system: You are a helpful assistant.
user:
Analyze the provided spectrum to determine if it is a **White Dwarf (WD)**.

A White Dwarf spectrum is defined by its **extreme purity** (due to gravitational settling) and/or **extreme pressure broadening** (due to high surface gravity). You must check for one of the following mutually exclusive signatures:

- **Key Visual Indicators (Check for ONE of these types):**

    - **1. DA-Type Signature (Most Common):**
        - **(Primary Feature):** Extreme pressure broadening (Stark broadening) of the **Hydrogen (H) Balmer lines**.
        - **(Key Lines):** $H\beta$ (approx. $4861$ Å) and $H\gamma$ (approx. $4340$ Å). $H\alpha$ (approx. $6563$ Å) will also be present if the wavelength range covers it.
        - **(Line Profile):** This is the **defining feature**. The lines are **NOT** sharp. They appear as massive, **extremely broad and deep "troughs" or "dips"** in the spectrum, often hundreds of Ångströms wide. The continuum will appear to "scoop" down at these wavelengths.
        - **(Distinction):** Normal A-type or B-type stars have *narrow* and *sharp* Hydrogen lines. A DA White Dwarf's lines are unmistakably "smeared" or "blurry" from pressure.

    - **2. DB-Type Signature:**
        - **(Primary Feature):** Broad absorption lines from **Neutral Helium (He I)**. The spectrum must lack any visible Hydrogen lines.
        - **(Key Lines):** Look for broad absorption near $4471$ Å, $4921$ Å, and $5876$ Å.
        - **(Line Profile):** These lines are also significantly pressure-broadened, appearing much wider than they would in a normal B-type main-sequence star.

    - **3. DC-Type Signature:**
        - **(Primary Feature):** A **featureless continuous spectrum**.
        - **(Line Profile):** The spectrum is a smooth curve with **no significant absorption or emission lines**.
        - **(Key Confirmation):** The continuum is almost always **blue or white**, indicating a hot object. This signature implies the atmosphere is so pure (or so cool) that no spectral lines are visible in the optical range. Its WD identity is confirmed by its extremely low intrinsic brightness (high absolute magnitude).

    - **4. DZ-Type Signature (Metal-Polluted):**
        - **(Primary Feature):** **Isolated, narrow metal absorption lines** on an otherwise featureless (DC-like) continuum.
        - **(Key Lines):** The **Calcium (Ca II) H & K doublet** (approx. **$3934$ Å** and **$3968$ Å**) is the most common and defining feature.
        - **(Line Profile):** These lines are "out of place." They are *not* part of a "forest" of thousands of lines. This signature is evidence of recent *accretion* (pollution) from rocky debris.
        - **(Distinction):** Normal G/K/M stars have a *dense forest* of thousands of metal lines. A DZ has a *clean* continuum with *only a few* strong metal lines.

    - **5. DQ-Type Signature (Carbon-Polluted):**
        - **(Primary Feature):** Absorption bands from **Carbon (C₂ "Swan Bands" or atomic C I)**.
        - **(Key Lines - C₂):** Look for bandheads with a "saw-tooth" shape near $5635$ Å, **$5165$ Å** (strongest), and $4737$ Å.
        - **(Key Confirmation):** The underlying **continuum must be blue or white** (hot).
        - **(Distinction):** This is the critical difference from a **Carbon Star**, which has the *exact same* C₂ bands but on an extremely **red, cool** continuum.

- **(Overall Spectrum):**
    - The continuum (overall shape) is typically **blue-sloping** (brighter in the blue than the red), as most white dwarfs are very hot.
    - The spectrum will look "pure" or "simple," dominated by only *one* of the five signatures listed above.

Think first, call **spectral_visualization_tool** if needed to examine features in detail, then provide your final answer. Your response must adhere to the following strict rules:
1.  **Overall Structure:** Your response must follow the format `<think>...</think> <tool_call>...</tool_call> (if a tool is used) <answer>...</answer>`.
2.  **Tool Usage Constraint:** You may only make **one** tool call per turn.
3.  **Final Answer Format:** In the `<answer>` tag, your conclusion must be inside a `\boxed{}` command (e.g., `\boxed{YES}` or `\boxed{NO}`), followed by your justification.

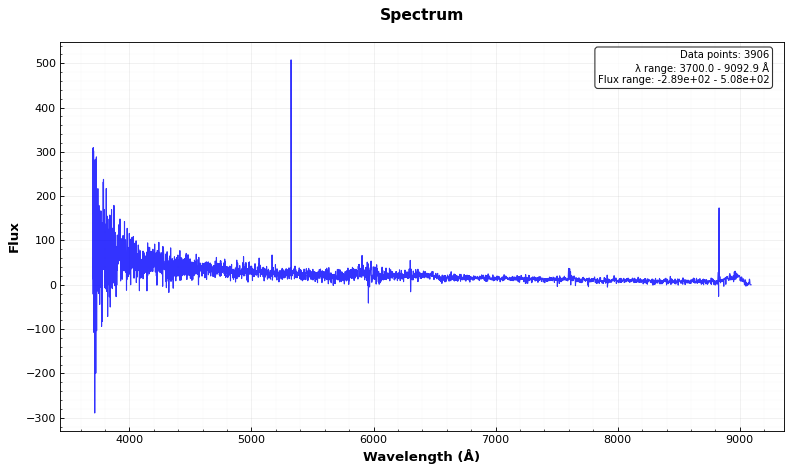
Answer: YES